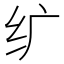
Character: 纩